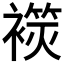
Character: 𧜬